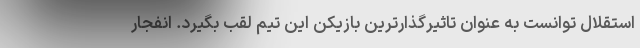
استقلال توانست به عنوان تاثیرگذارترین بازیکن این تیم لقب بگیرد. انفجار